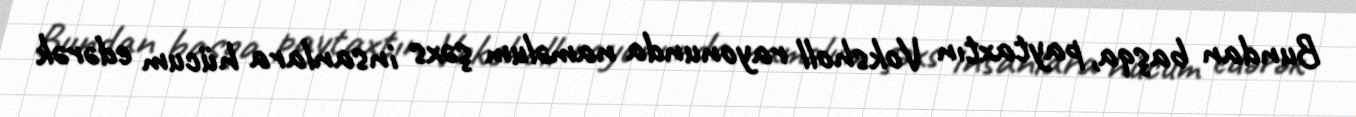
Bundan başqa, paytaxtın Voksholl rayonunda naməlum şəxs insanlara hücum edərək